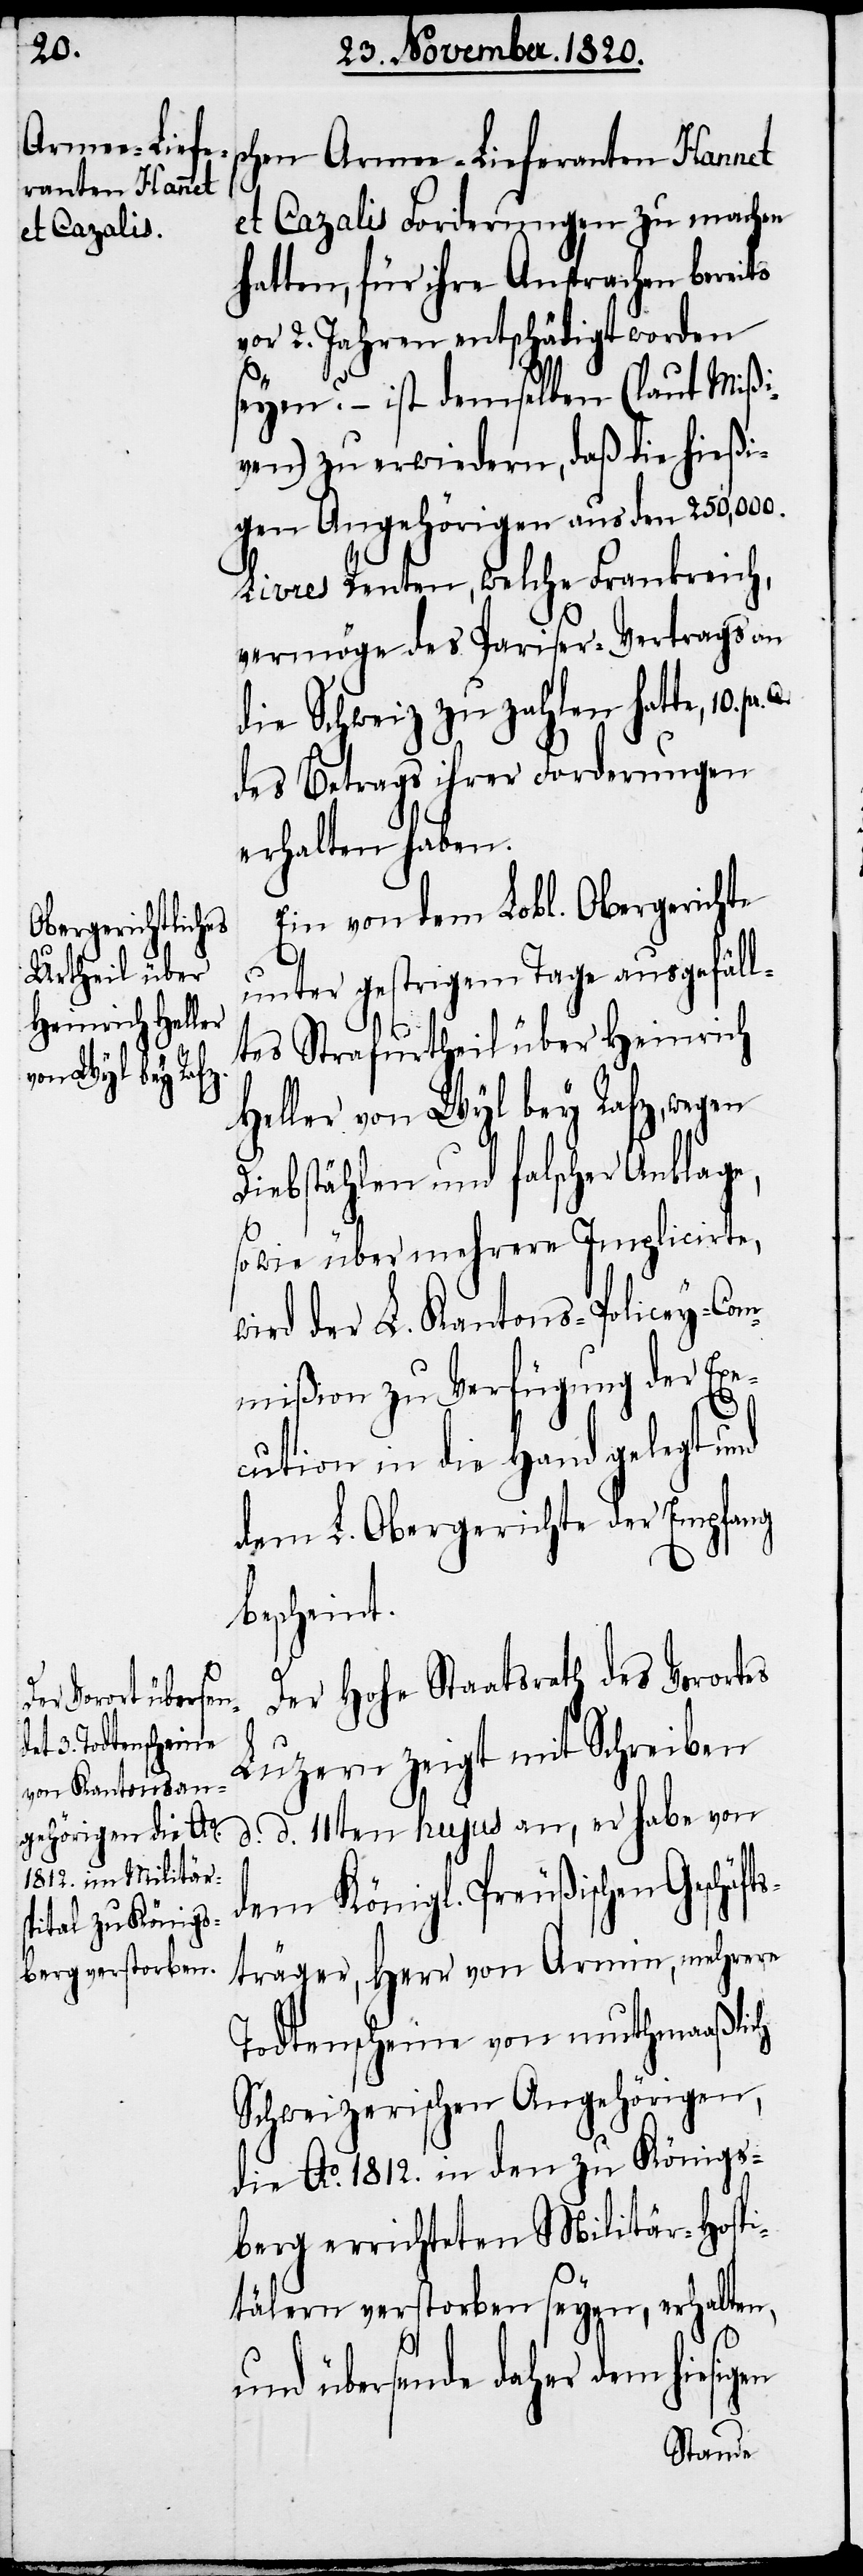
schen Armee-Lieferanten Hannet
et Cazalis Forderungen zu machen
hatten, für ihre Ansprachen bereits
vor 2. Jahren entschädigt worden
seyen? – ist demselben (laut Mißi¬
ven) zu erwiedern, daß die hießi¬
gen Angehörigen aus den 250,000.
Livres Renten, welche Frankreich,
vermöge des Pariser-Vertrags an
die Schweiz zu zahlen hatte, 10.
des Betrags ihrer Forderungen
erhalten haben.
Ein von dem Lobl. Obergerichte
unter gestrigem Tag ausgefäll¬
tes Strafurtheil über Heinrich
Heller von Wyl bey Rafz, wegen
Diebstählen und falscher Anklage,
so wie über mehrere Implicirte,
ird der L. Kantons-Policey-Com¬
mißion zu Verfügung der Exe¬
w¬
cution in die Hand gelegt und
dem L. Obergerichte der Empfang
bescheint.
Der hohe Staatsrath des Vorortes
Luzern zeigt mit Schreiben
d. d. 11ten hujus an, er habe von
dem Königl. Preußischen Geschäf¬
tsträger, Herr von Armin, mehrere
Todtenscheine von muthmaaßlich
Schweizerischen Angehörigen,
die Ao. 1812. in den zu Königs¬
berg errichteten Militär-Hospi¬
tälern verstorben seyen, erhalten,
und übersende daher dem